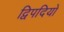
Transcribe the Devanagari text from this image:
द्विपदियों